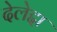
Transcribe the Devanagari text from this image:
देलेद्दा